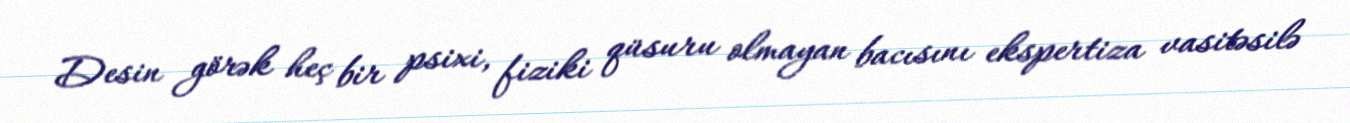
Desin görək heç bir psixi, fiziki qüsuru olmayan bacısını ekspertiza vasitəsilə